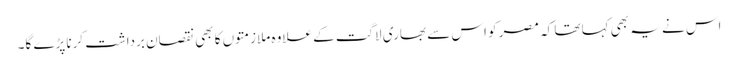
اس نے یہ بھی کہا تھا کہ مصر کو اس سے بھاری لاگت کے علاوہ ملازمتوں کا بھی نقصان برداشت کرنا پڑے گا۔